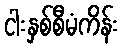
ငါးနှစ်စီမံကိန်း